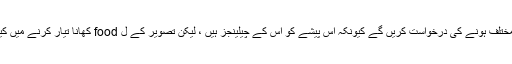
اگرچہ فوڈ اسٹائلسٹ مندرجہ بالا بیان سے مختلف ہونے کی درخواست کریں گے کیونکہ اس پیشے کو اس کے چیلینجز ہیں ، لیکن تصویر کے ل food کھانا تیار کرنے میں کیا مشکل ہوگا اس کا تصور کرنا مشکل ہے۔